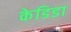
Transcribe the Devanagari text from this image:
केडिडा